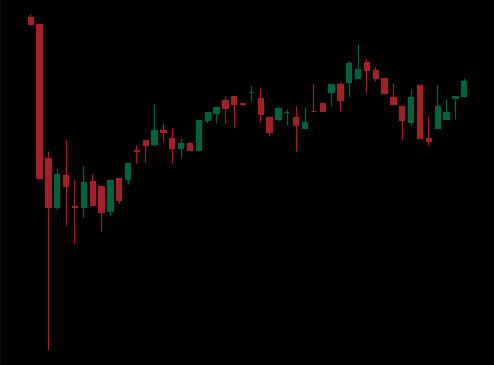
Pattern: bear_flag